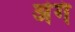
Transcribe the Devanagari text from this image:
अंगं